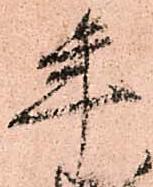
年